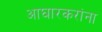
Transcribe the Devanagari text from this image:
आघारकरांना